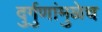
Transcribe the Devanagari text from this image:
दुर्गुणांमुळेच